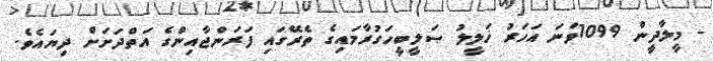
- މީލާދީން 1099ވަނަ އަހަރު ޚަލީލު ޞަލީބީހަގުރާމައިގެ ތެރޭގައި ފަރަންޖާއިންގެ އަތްދަށަށް ދިޔައެވެ.